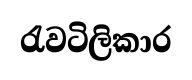
රැවටිලිකාර